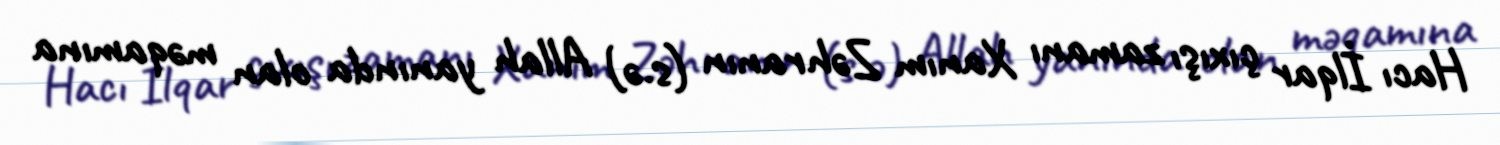
Hacı İlqar çıxışı zamanı Xanım Zəhranın (s.ə) Allah yanında olan məqamına